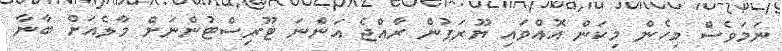
ނަމަވެސް މިހެން މިކަން އޮއްވައި ޔޫރަޕުން ރާއްޖެ އަންނަ ޓޫރިސްޓުންނަށް މާލެއަށް ބާނާ